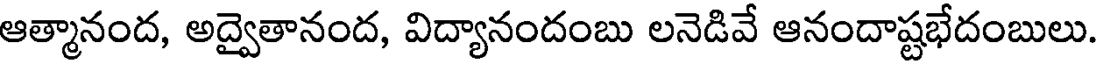
ఆత్మానంద, అద్వైతానంద, విద్యానందంబు లనెడివే ఆనందాష్టభేదంబులు.